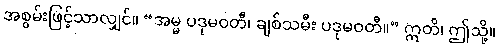
အစွမ်းဖြင့်သာလျှင်။ “အမ္မ ပဒုမဝတီ၊ ချစ်သမီး ပဒုမဝတီ။” ဣတိ၊ ဤသို့။